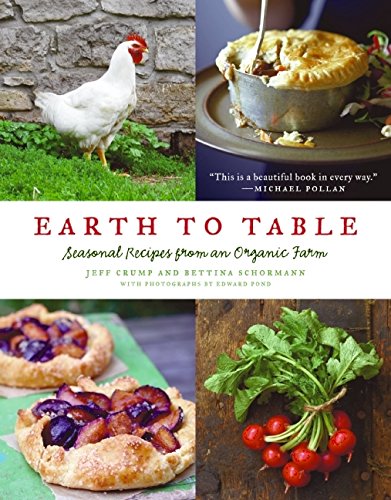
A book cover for Earth to Table: Seasonal Recipes from an Organic Farm; Jeff Crump; Cookbooks, Food & Wine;